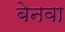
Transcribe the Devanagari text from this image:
बेनवा